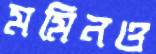
মমিনও